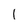
Character: l